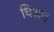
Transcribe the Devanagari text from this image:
धिआइ